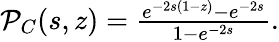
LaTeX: \begin{array}{r}{{\cal P}_{C}(s,z)=\frac{e^{-2s(1-z)}-e^{-2s}}{1-e^{-2s}}.}\end{array}